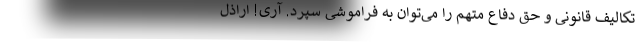
تکالیف قانونی و حق دفاع متهم را می‌توان به فراموشی سپرد. آری! اراذل